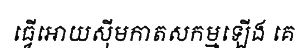
ធ្វើអោយស៊ីមកាតសកម្មឡើង គេ